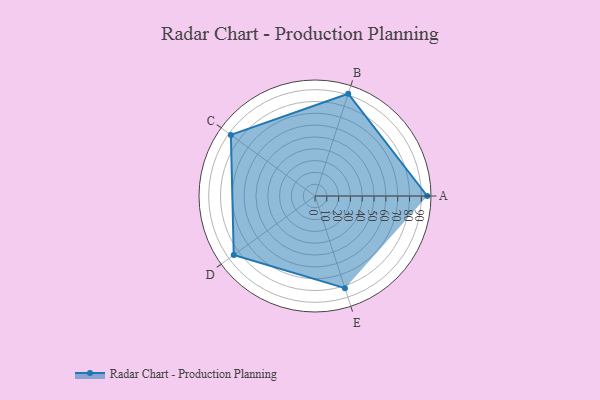
{"axis": {"x": "Skill", "y": "Score"}, "legend": ["Profile"], "data": [{"x": "A", "y": 95.0, "type": "Profile"}, {"x": "B", "y": 91.0, "type": "Profile"}, {"x": "C", "y": 88.0, "type": "Profile"}, {"x": "D", "y": 85.0, "type": "Profile"}, {"x": "E", "y": 82.0, "type": "Profile"}]}